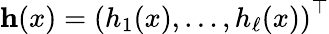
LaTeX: \mathbf{h}(x)=\left(h_{1}(x),\ldots,h_{\ell}(x)\right)^{\top}